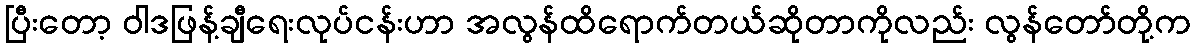
ပြီးတော့ ဝါဒဖြန့်ချီရေးလုပ်ငန်းဟာ အလွန်ထိရောက်တယ်ဆိုတာကိုလည်း လွန်တော်တို့က